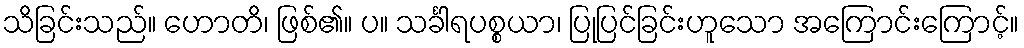
သိခြင်းသည်။ ဟောတိ၊ ဖြစ်၏။ ပ။ သင်္ခါရပစ္စယာ၊ ပြုပြင်ခြင်းဟူသော အကြောင်းကြောင့်။